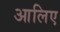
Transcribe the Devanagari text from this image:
आलिए